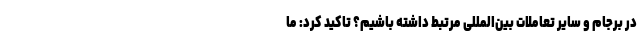
در برجام و سایر تعاملات بین‌المللی مرتبط داشته باشیم؟ تاکید کرد: ما